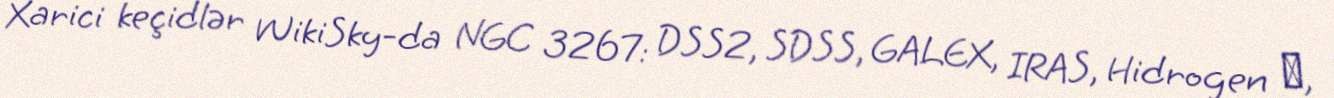
Xarici keçidlər WikiSky-da NGC 3267: DSS2, SDSS, GALEX, IRAS, Hidrogen α,